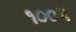
૧૦૦૫